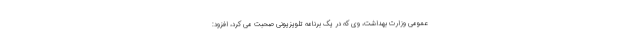
عمومی وزارت بهداشت، وی که در یک برنامه تلویزیونی صحبت می کرد، افزود: